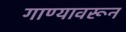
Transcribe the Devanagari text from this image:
गाण्यावरून